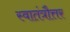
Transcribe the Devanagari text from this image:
स्वातंत्रौत्तर